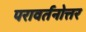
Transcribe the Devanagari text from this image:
परावर्तनोत्तर